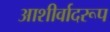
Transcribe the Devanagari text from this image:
आशीर्वादरूप